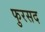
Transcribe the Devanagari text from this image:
फुरसद